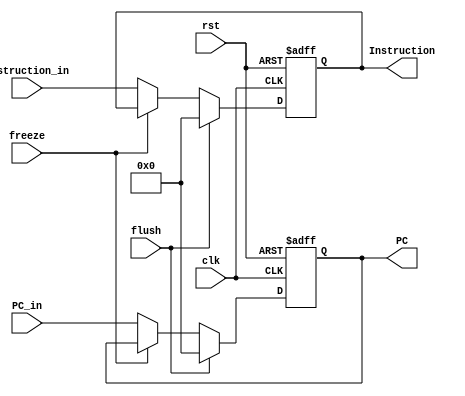
////////////////////////////////////////////////////////////////////////////////
//                              ARM Architecture:	                    		      //	
// 		                   Instruction_Fetch Stage Register		                    //
// Revision by:	Amirmahdi Joudi							                                        //
////////////////////////////////////////////////////////////////////////////////

module IF_Stage_Reg(
  input clk , rst , freeze , flush ,
  input [31:0] PC_in , Instruction_in , 
  output reg [31:0] PC , Instruction);
  
  always@(posedge clk, posedge rst)
  begin
    if(rst == 1'b1) begin
      PC <= 32'b0;
      Instruction <= 32'b0;
    end
    else begin
      if(flush == 1'b1) begin
        PC <= 32'b0;
        Instruction <= 32'b0;
      end
      else if(freeze == 1'b0) begin
        PC <= PC_in;
        Instruction <= Instruction_in;
      end
    end
  end  
  
endmodule